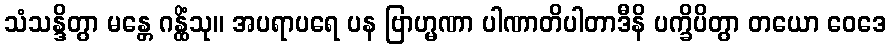
သံသန္ဒိတွာ မန္တေ ဂန္ထိံသု။ အပရာပရေ ပန ဗြာဟ္မဏာ ပါဏာတိပါတာဒီနိ ပက္ခိပိတွာ တယော ဝေဒေ